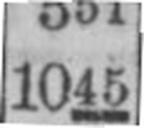
1045